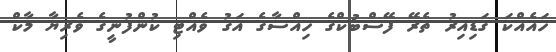
ހައެއްކަ ގަޑިއިރު ތެރޭ ފޭސްބުކްގެ ހިއްސާގެ އަގު ވެއްޓި ކުންފުނީގެ ވެރިޔާ މާކް